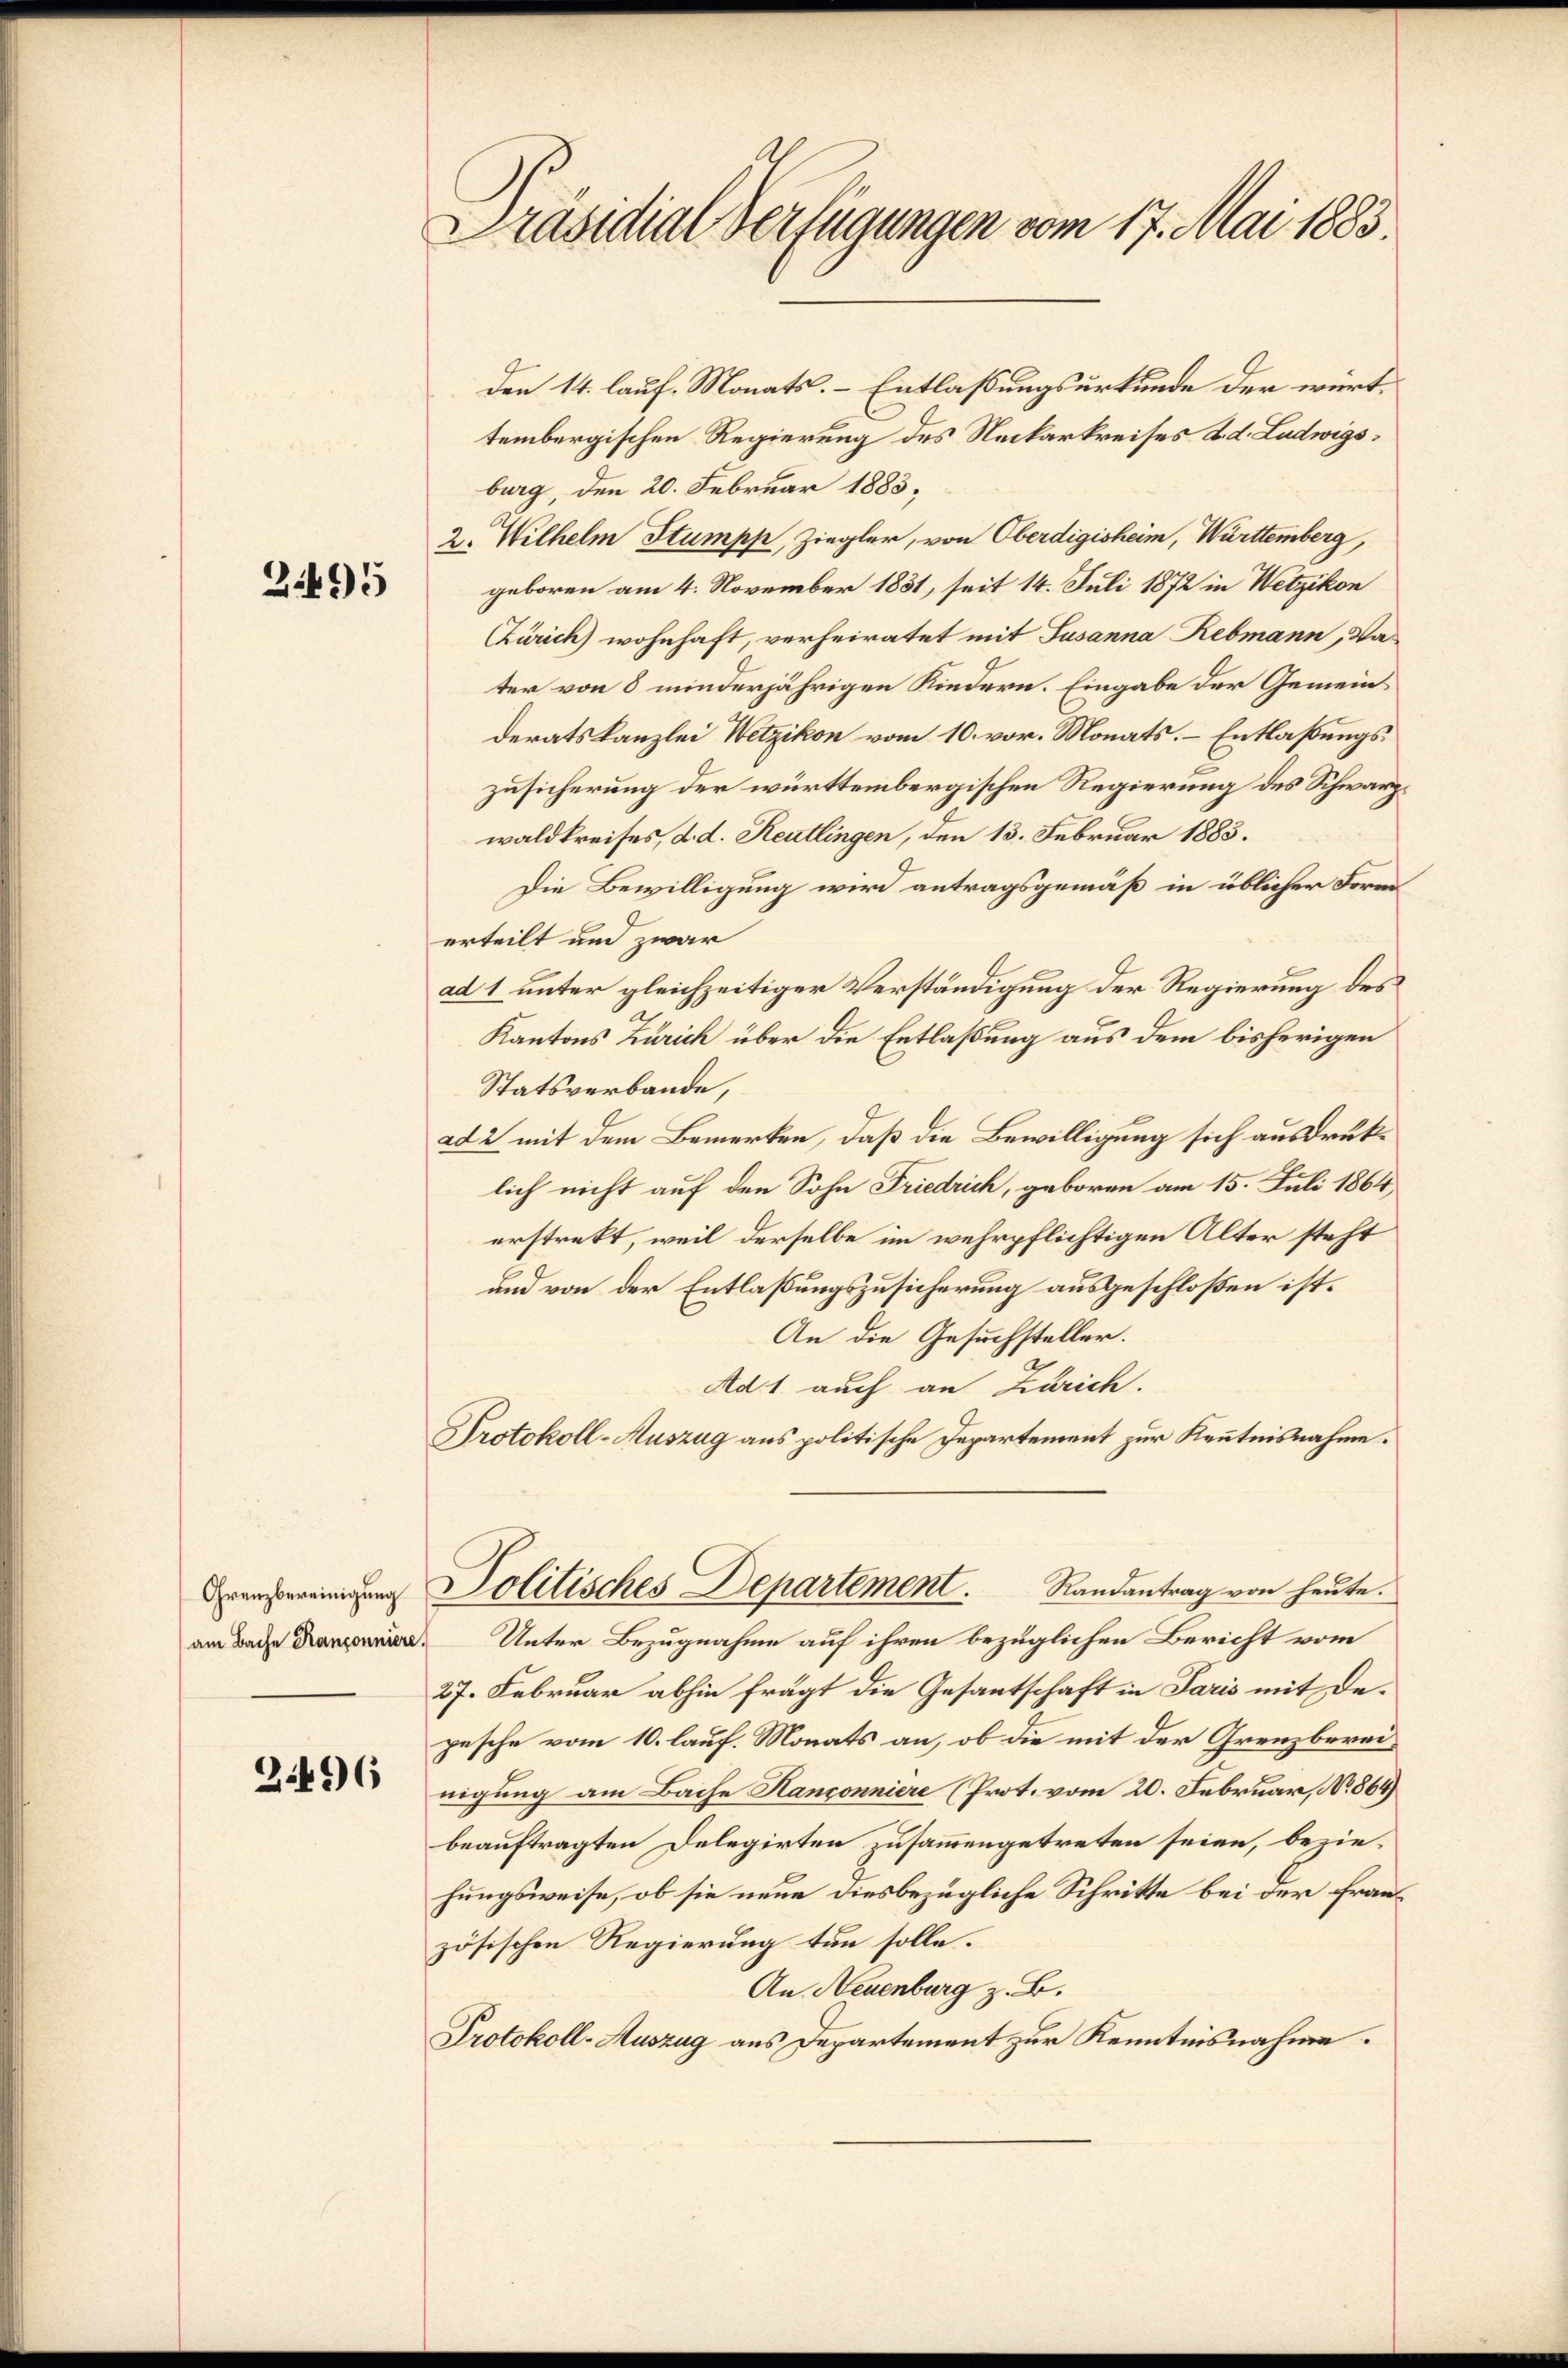
2495

Grenzbereinigung
am Bache Kançonniere.

2496

d
räsidial-Verfügungen vom 17. Mai 1883.

den 14. lauf. Monats. Entlassungsurkunde der württembergischen Regierung des Neckarkreises d. d. Ludwigsburg, den 20. Februar 1883;
2. Wilhelm Stumpf, Ziegler, von Oberdigisheim, Württemberg,
geboren am 4. November 1831, seit 14. Juli 1872 in Wetzikon
Zürich) wohnhaft, verheiratet mit Susanna Rebmann, Va
ter von 8 minderjährigen Kindern. Eingabe der Gemeinderatskanzlei Wetzikon vom 10. vor. Monats. – Entlaßungszusicherung der württembergischen Regierung des Schwarzwaldkreises, d. d. Reutlingen, den 13. Februar 1883.
Die Bewilligung wird antragsgemäß in üblicher Form
erteilt und zwar
ad 1 unter gleichzeitiger Verständigung der Regierung des
Kantons Zürich über die Entlaßung aus dem bisherigen
Statsverbande,
ad 2 mit dem Bemerken, daß die Bewilligung sich ausdrucklich nicht auf den Sohn Friedrich, geboren am 15. Juli 1864,
erstrekt, weil derselbe im wehrpflichtigen Alter steht
und von der Entlaßungszusicherung ausgeschloßen ist.
An die Gesuchsteller.
Ad 1. auch an Zürich.
Protokoll-Auszug aus politische Departement zur Kenntnisnahme.
Politisches Departement. Randantrag von heute.
Unter Bezugnahme auf ihren bezüglichen Bericht vom
27. Februar abhin frägt die Gesantschaft in Paris mit Depesche vom 10. lauf. Monats an, ob die mit der Grenzbereinigung am Bache Hanconniere (Prot. vom 20. Februar, No 864)
beauftragten Delegirten zusammengetreten seien, beziehungsweise, ob sie neue diesbezügliche Schritte bei der Französischen Regierung tun solle.
An Neuenburg z. B.
Protokoll-Auszug aus Departement zur Kenntnisnahme.